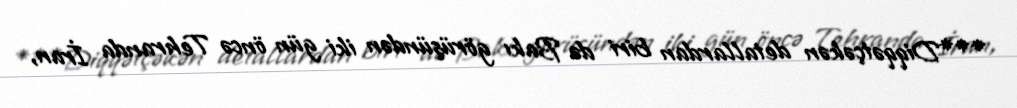
***Diqqətçəkən detallardan biri də Bakı görüşündən iki gün öncə Tehranda İran,